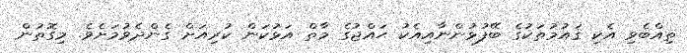
ތިއްބެވި އެކި ޤައުމުތަކުގެ ބޭފުޅުންނާއިއެކު ޙައްޖުގެ މާތް އަޅުކަން ކުރިއަށް ގެންދެވުމަށެވެ. މިގޮތުން